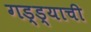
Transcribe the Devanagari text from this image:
गड्ड्याची